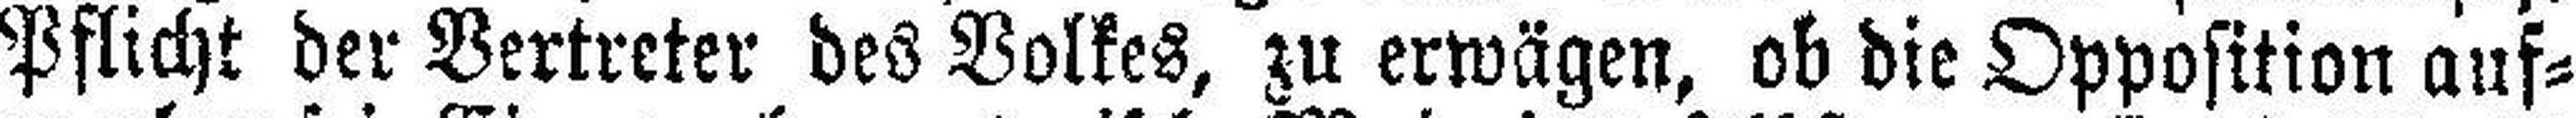
Pflicht der Vertreter des Volkes, zu erwägen, ob die Opposition auf¬